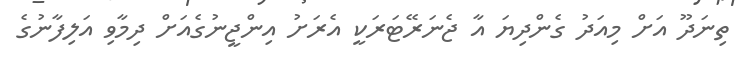
ތިނަދޫ އަށް މިއަދު ގެންދިޔަ އާ ޖެނަރޭޓަރަކީ އެރަށު އިންޖީނުގެއަށް ދިމާވި އަލިފާނުގެ